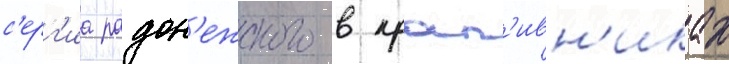
с'ерг'иа радон'ежского в крап'ивн'иках